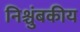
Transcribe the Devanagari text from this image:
निश्चुंबकीय